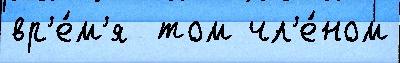
вр'е́м'я  том чл'е́ном